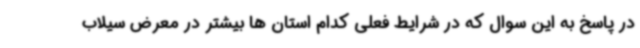
در پاسخ به این سوال که در شرایط فعلی کدام استان ها بیشتر در معرض سیلاب